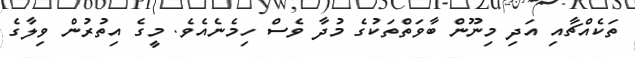
ތަކެއްޗާއި އަދި މިނޫން ބާވަތްތަކުގެ މުދާ ވެސް ހިމެނެއެވެ. މީގެ އިތުރުން ވިލާގެ